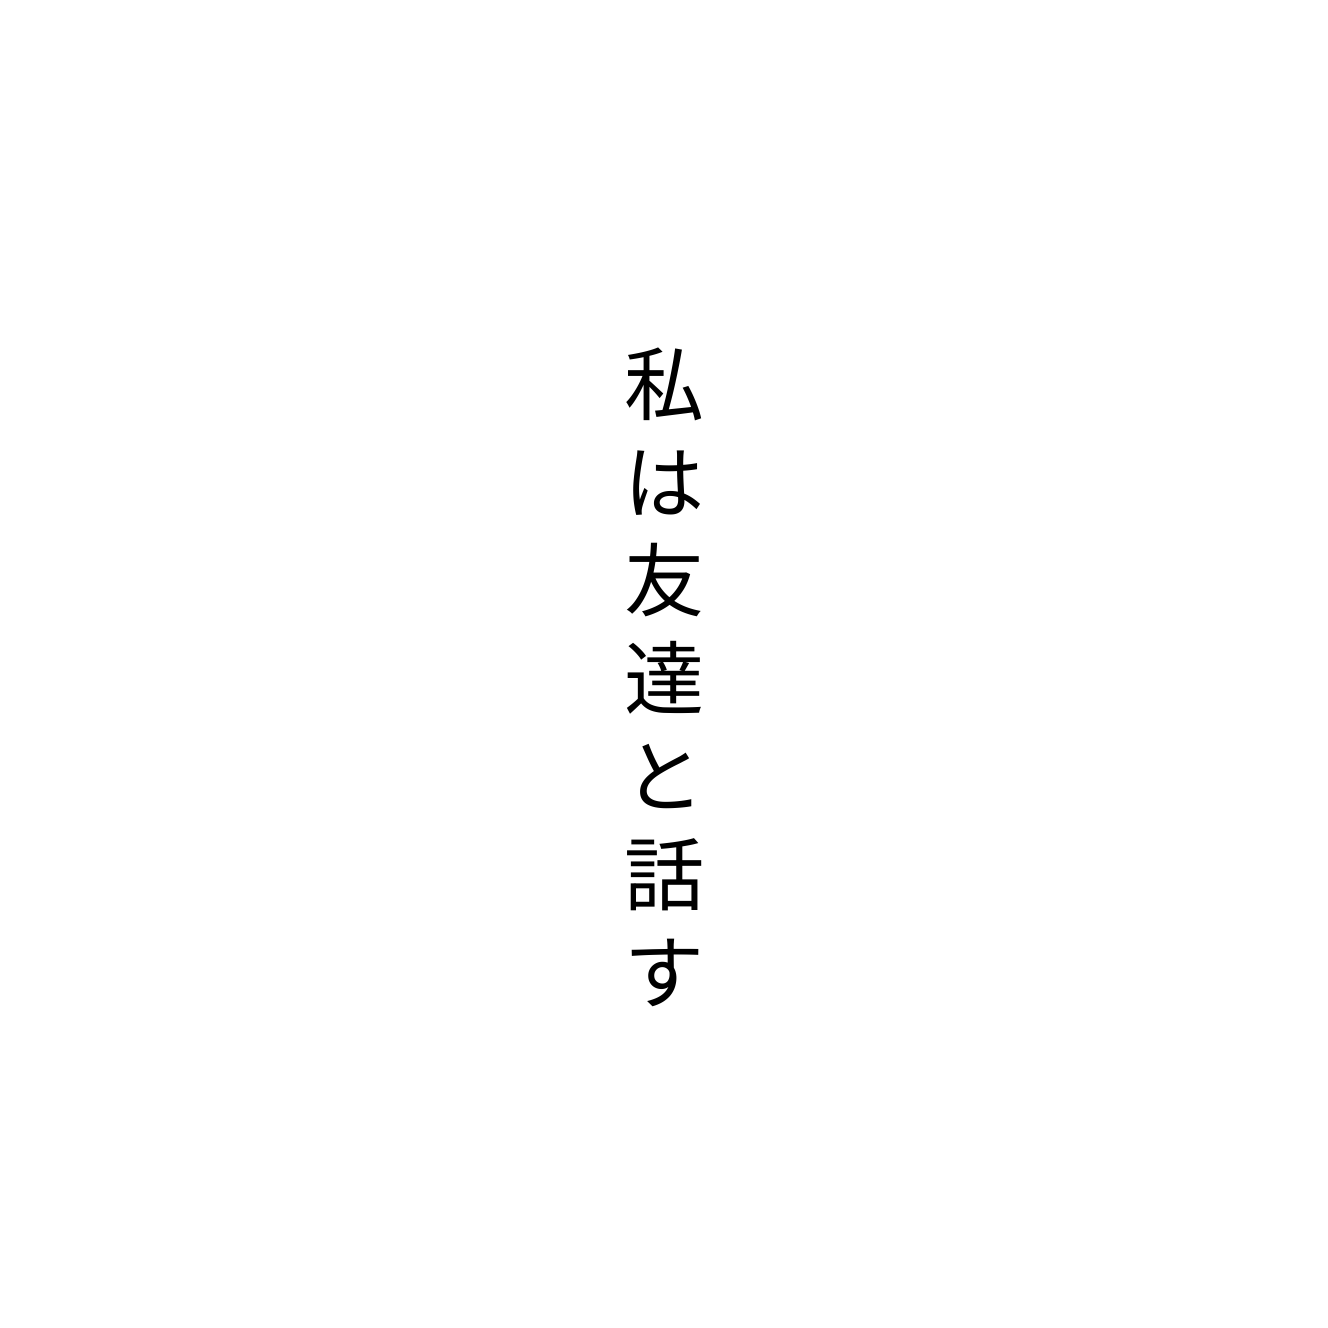
私は友達と話す